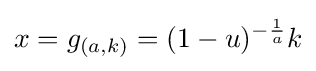
x=g_{(a,k)}=(1-u)^{-{\frac {1}{a}}}k